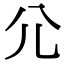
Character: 尣